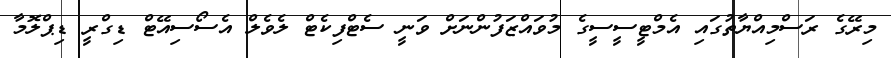
މިރޭގެ ރަސްމިއްޔާތުގައި އެމްޓީސީސީގެ މުވައްޒަފުންނަށް ވަނީ ސެޓްފިކެޓް ލެވެލް އެސޯސިއޭޓް ޑިގްރީ ޑިޕްލޮމާ